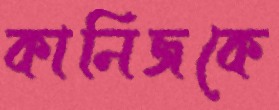
কানিজকে